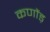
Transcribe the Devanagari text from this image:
कणोंड़